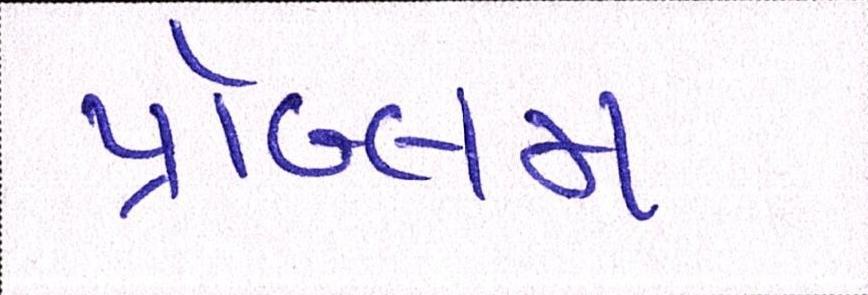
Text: પ્રૉબ્લમ